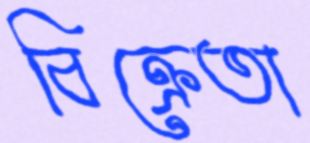
বিক্রেতা